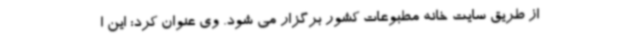
از طریق سایت خانه مطبوعات کشور برگزار می شود. وی عنوان کرد: این ا